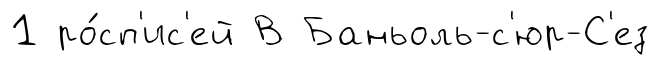
1 ро́сп'ис'ей В Баньоль-с'юр-С'ез